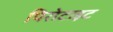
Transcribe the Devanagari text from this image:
पिरोटाइट